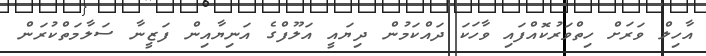
އާހިލް ވަރަށް ހިތްވަރުކޮއްފައި ވާހަކަ ދައްކަމުން ދިޔައީ އަލޫފްގެ އަނިޔާއިން ފަޒީނާ ސަލާމަތްކުރަން